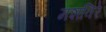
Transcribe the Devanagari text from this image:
मशविरे